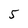
Character: 5